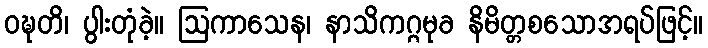
ဝဍ္ဎတိ၊ ပွါးတုံခဲ့။ ဩကာသေန၊ နာသိကဂ္ဂမုခ နိမိတ္တစသောအရပ်ဖြင့်။